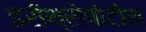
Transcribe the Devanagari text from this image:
इरीथ्रोपोटीन